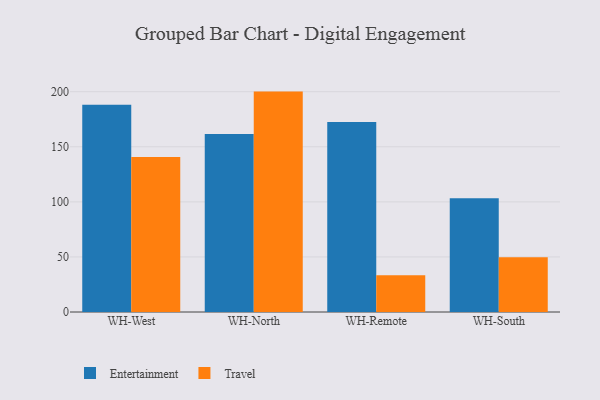
{"axis": {"x": "Warehouse", "y": "Active Users"}, "legend": ["Entertainment", "Travel"], "data": [{"x": "WH-West", "y": 188.1, "type": "Entertainment"}, {"x": "WH-West", "y": 140.7, "type": "Travel"}, {"x": "WH-North", "y": 161.6, "type": "Entertainment"}, {"x": "WH-North", "y": 200.1, "type": "Travel"}, {"x": "WH-Remote", "y": 172.5, "type": "Entertainment"}, {"x": "WH-Remote", "y": 33.3, "type": "Travel"}, {"x": "WH-South", "y": 103.2, "type": "Entertainment"}, {"x": "WH-South", "y": 49.8, "type": "Travel"}]}